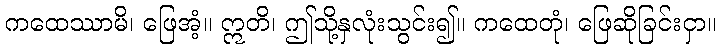
ကထေဿာမိ၊ ဖြေအံ့။ ဣတိ၊ ဤသို့နှလုံးသွင်း၍။ ကထေတုံ၊ ဖြေဆိုခြင်းငှာ။